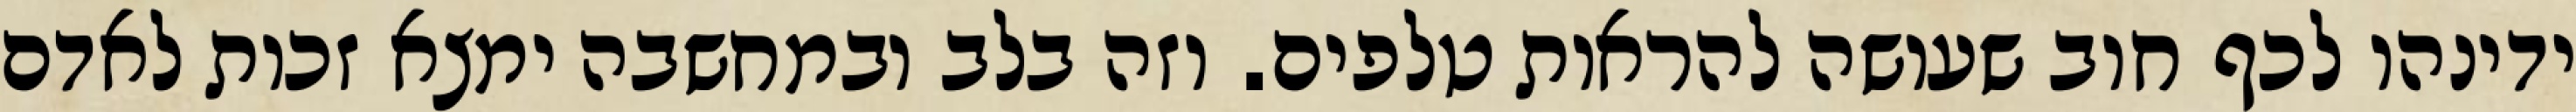
ידינהו לכף חוב שעושה להראות טלפים. וזה בלב ובמחשבה ימצא זכות לאדם